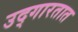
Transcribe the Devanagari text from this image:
उद्‌गारतात